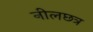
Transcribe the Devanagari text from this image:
नीलछत्र